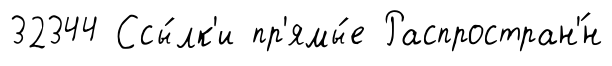
32344 Ссы́лк'и пр'ямы́е Распростран'́н